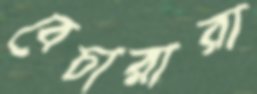
বেচারারা